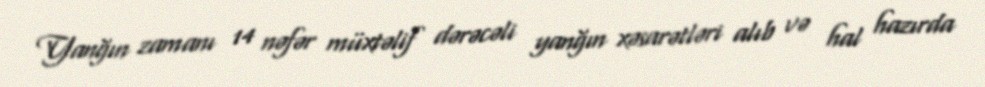
Yanğın zamanı 14 nəfər müxtəlif dərəcəli yanğın xəsarətləri alıb və hal hazırda